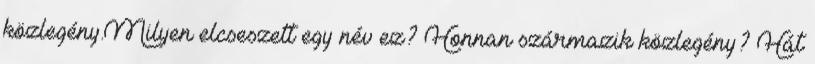
közlegény.Milyen elcseszett egy név ez? Honnan származik közlegény? Hát